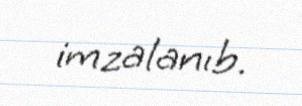
imzalanıb.